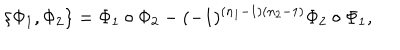
\{ \Phi _ { 1 } , \Phi _ { 2 } \} = \Phi _ { 1 } \circ \Phi _ { 2 } - ( - 1 ) ^ { ( n _ { 1 } - 1 ) ( n _ { 2 } - 1 ) } \Phi _ { 2 } \circ \Phi _ { 1 } ,